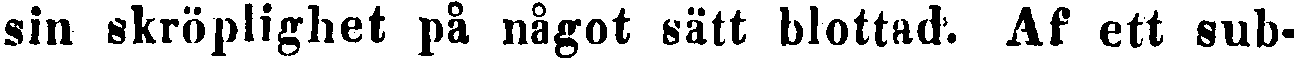
sin skröplighet på något sätt blottad. Af ett sub-